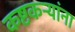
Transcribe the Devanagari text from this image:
कष्टकऱ्यांना